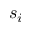
s _ { i }